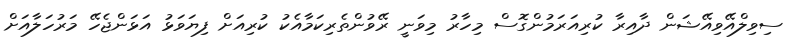
ސިވިލްއޭވިއޭޝަން ދާއިރާ ކުރިއަރަމުންގޮސް މިހާރު މިވަނީ ރޭވުންތެރިކަމާއެކު ކުރިއަށް ފިޔަވަޅު އަޅަންޖެހޭ މަރުހަލާއަށް